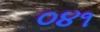
૦૪૧